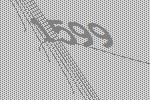
1599